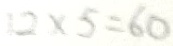
1 2 \times 5 = 6 0